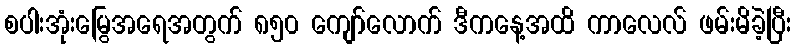
စပါးအုံးမြွေအရေအတွက် ၈၅၀ ကျော်လောက် ဒီကနေ့အထိ ကာလေလ် ဖမ်းမိခဲ့ပြီး